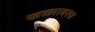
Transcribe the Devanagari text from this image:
खळ्यावरच